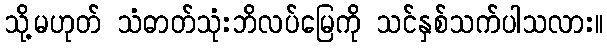
သို့မဟုတ် သံဓာတ်သုံးဘိလပ်မြေကို သင်နှစ်သက်ပါသလား။